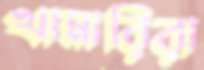
খামারিরা